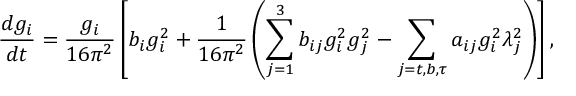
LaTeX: { \frac { d g _ { i } } { d t } } = { \frac { g _ { i } } { 1 6 \pi ^ { 2 } } } \left[ b _ { i } g _ { i } ^ { 2 } + { \frac { 1 } { 1 6 \pi ^ { 2 } } } \left( \sum _ { j = 1 } ^ { 3 } b _ { i j } g _ { i } ^ { 2 } g _ { j } ^ { 2 } - \sum _ { j = t , b , \tau } a _ { i j } g _ { i } ^ { 2 } \lambda _ { j } ^ { 2 } \right) \right] ,